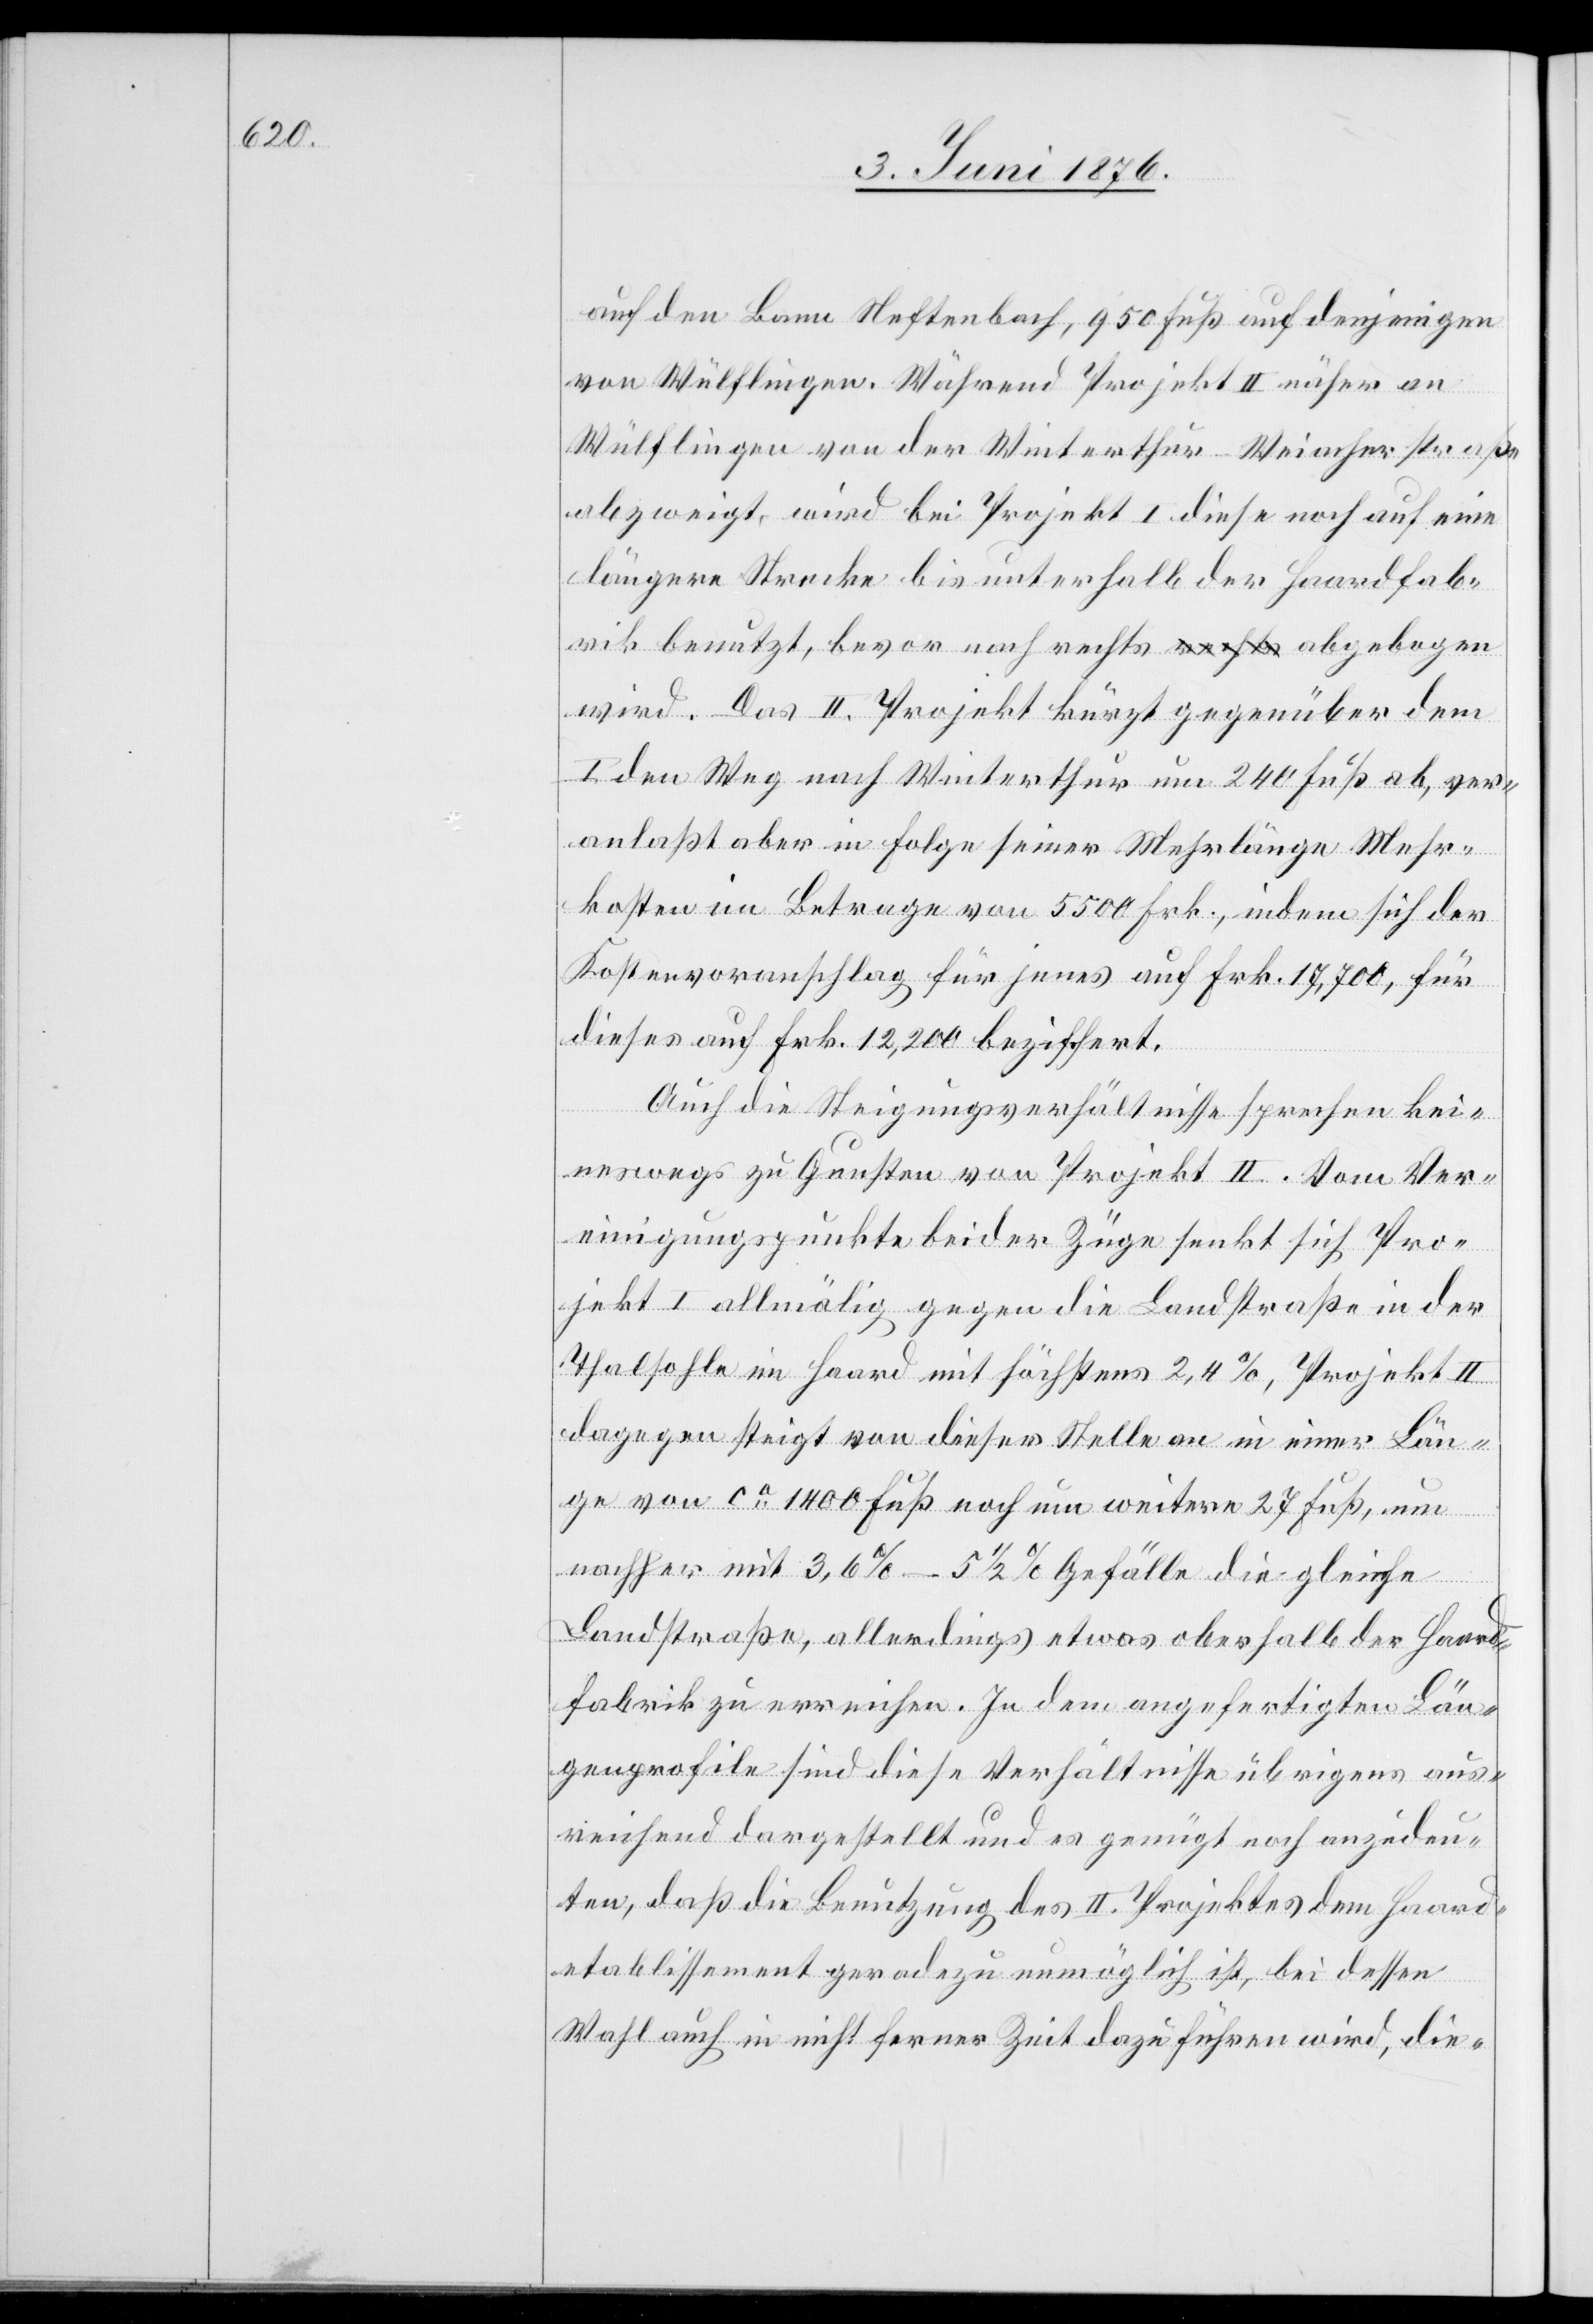
auf den Bann Neftenbach, 950 Fuß auf denjenigen
von Wülflingen. Während Projekt II näher an
Wülflingen von der Winterthur–Weiacherstraße
abzweigt, wird bei Projekt I diese noch auf eine
längere Strecke bis unterhalb der Haardfab¬
rik benutzt, bevor nach rechts abgebogen
wird. Das II. Projekt kürzt gegenüber dem
I. den Weg nach Winterthur um 240 Fuß ab, ver¬
anlaßt aber in Folge seiner Wehrlänge Mehr¬
kosten im Betrage von 5500 Frk., indem sich der
Kostenvoranschlag für jenes auf Frk. 17,700, für
dieses auf Frk. 12,200 beziffert.
Auch die Steigungsverhältnisse sprechen kei¬
neswegs zu Gunsten von Projekt II. Vom Ver¬
einigungspunkte beider Züge senkt sich Pro¬
jekt I allmälig gegen die Landstraße in der
Thalsohle im Haard mit höchstens 2,4 %, Projekt II
dagegen steigt von dieser Stelle an in einer Län¬
ge von ca 1400 Fuß noch um weitere 27 Fuß, um
nachher mit 3,6 %–5 1/2 Gefälle die gleiche
Landstraße, allerdings etwas oberhalb der Haard¬
fabrik zu erreichen. In dem angefertigten Län¬
genprofile sind diese Verhältnisse übrigens aus¬
reichend dargestellt und es genügt noch anzudeu¬
ten, das die Benutzung des II. Projektes dem Haard¬
etablissement geradezu unmöglich ist, bei dessen
Wahl auch in nicht ferner Zeit dazuführen wird, die-